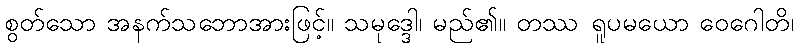
စွတ်သော အနက်သဘောအားဖြင့်။ သမုဒ္ဒေါ၊ မည်၏။ တဿ ရူပမယော ဝေဂေါတိ၊